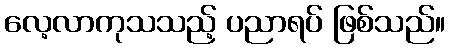
လေ့လာကုသသည့် ပညာရပ် ဖြစ်သည်။